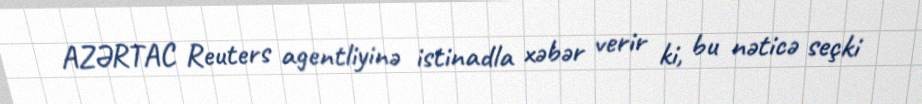
AZƏRTAC Reuters agentliyinə istinadla xəbər verir ki, bu nəticə seçki